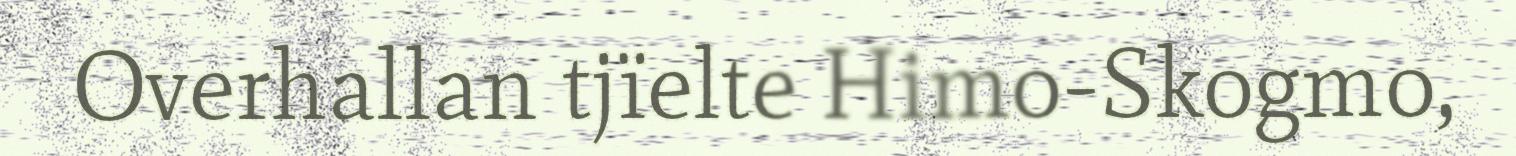
Overhallan tjïelte Himo-Skogmo,